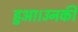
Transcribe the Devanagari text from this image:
हुआ।उनकी